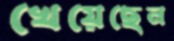
খেয়েছেন